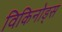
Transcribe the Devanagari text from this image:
विकिनोड्स